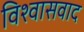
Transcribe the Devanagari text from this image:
विश्वासवाद